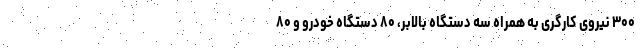
۳۰۰ نیروی کارگری به همراه سه دستگاه بالابر، ۸۰ دستگاه خودرو و ۸۰